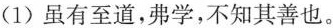
(1)虽有至道，弗学，不知其善也。